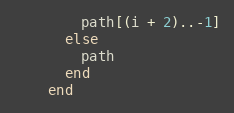
Language: Ruby
        path[(i + 2)..-1]
      else
        path
      end
    end